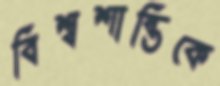
বিশ্বশান্তিকে